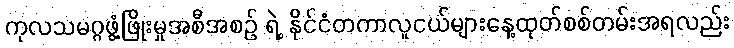
ကုလသမဂ္ဂဖွံ့ဖြိုးမှုအစီအစဉ် ရဲ့ နိုင်ငံတကာလူငယ်များနေ့ထုတ်စစ်တမ်းအရလည်း